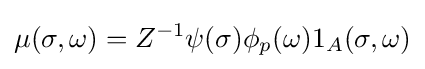
\mu (\sigma ,\omega )=Z^{-1}\psi (\sigma )\phi _{p}(\omega )1_{A}(\sigma ,\omega )